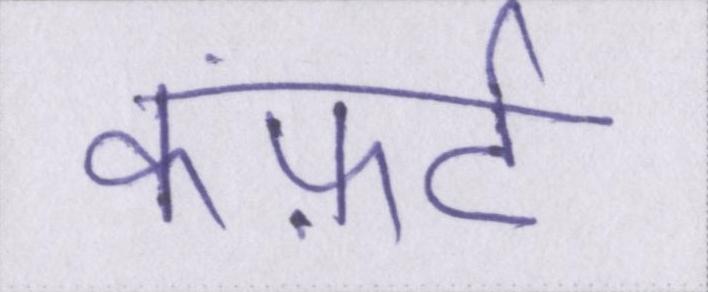
कंफ़र्ट